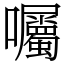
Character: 囑